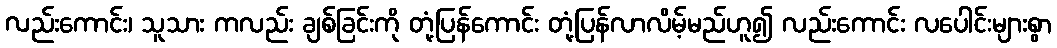
လည်းကောင်း၊ သူသား ကလည်း ချစ်ခြင်းကို တုံ့ပြန်ကောင်း တုံ့ပြန်လာလိမ့်မည်ဟူ၍ လည်းကောင်း လပေါင်းများစွာ